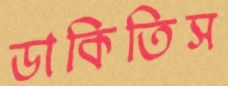
ডাকিতিস